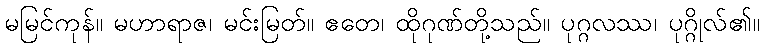
မမြင်ကုန်။ မဟာရာဇ၊ မင်းမြတ်။ ဧတေ၊ ထိုဂုဏ်တို့သည်။ ပုဂ္ဂလဿ၊ ပုဂ္ဂိုလ်၏။